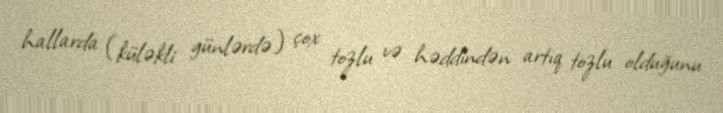
hallarda (küləkli günlərdə) çox tozlu və həddindən artıq tozlu olduğunu